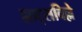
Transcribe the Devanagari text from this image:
ह्याट्सविल्ले